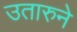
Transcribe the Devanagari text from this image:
उतारुने